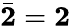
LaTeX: {\bar{\mathbf{2}}}={\mathbf{2}}